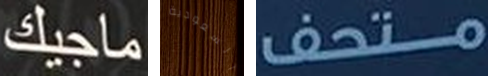
ماجيك السعودية متحف